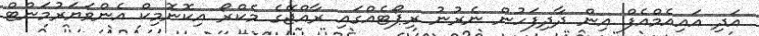
އަދި އައިއެމްއެފް އިން ދާދިފަހުން ނެރުނު ރިޕޯޓެއްގައި ރާއްޖޭގެ މެކްރޯ އިކޮނޮމިކް އެންވަޔަރުމަންޓް